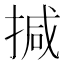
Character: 㨔